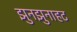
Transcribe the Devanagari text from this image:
झुनझुनाहट